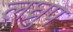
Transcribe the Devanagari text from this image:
लघ्रुप